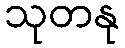
သုတနု